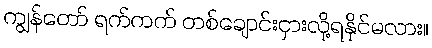
ကျွန်တော် ရက်ကက် တစ်ချောင်းငှားလို့ရနိုင်မလား။